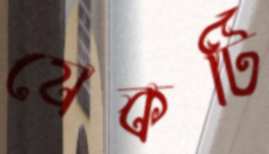
যেকটি